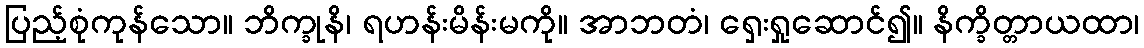
ပြည့်စုံကုန်သော။ ဘိက္ခုနိ၊ ရဟန်းမိန်းမကို။ အာဘတံ၊ ရှေးရှုဆောင်၍။ နိက္ခိတ္တာယထာ၊